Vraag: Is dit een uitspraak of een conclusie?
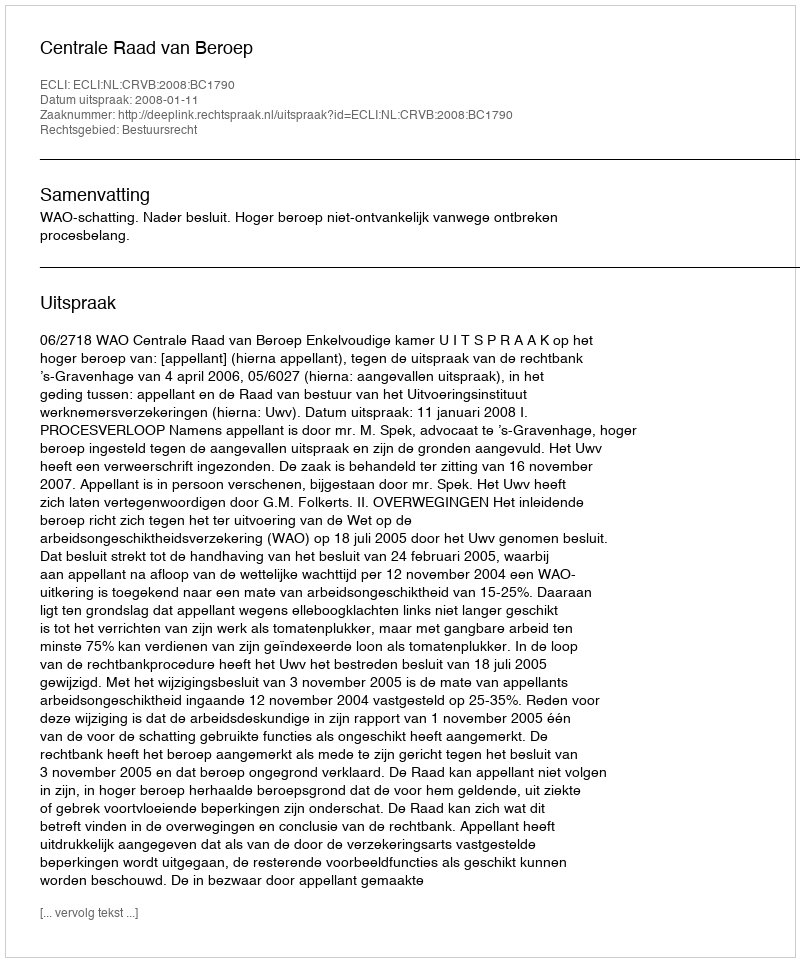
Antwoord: Uitspraak